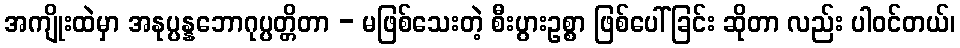
အကျိုးထဲမှာ အနုပ္ပန္နဘောဂုပ္ပတ္တိတာ - မဖြစ်သေးတဲ့ စီးပွားဥစ္စာ ဖြစ်ပေါ်ခြင်း ဆိုတာ လည်း ပါဝင်တယ်၊